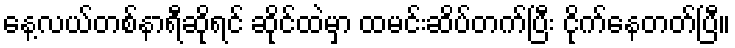
နေ့လယ်တစ်နာရီဆိုရင် ဆိုင်ထဲမှာ ထမင်းဆိပ်တက်ပြီး ငိုက်နေတတ်ပြီ။